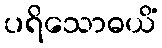
ပရိသောဓယိံ